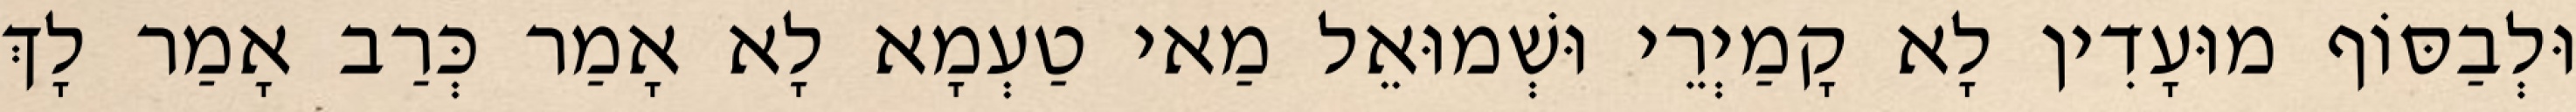
וּלְבַסּוֹף מוּעָדִין לָא קָמַיְרֵי וּשְׁמוּאֵל מַאי טַעְמָא לָא אָמַר כְּרַב אָמַר לָךְ